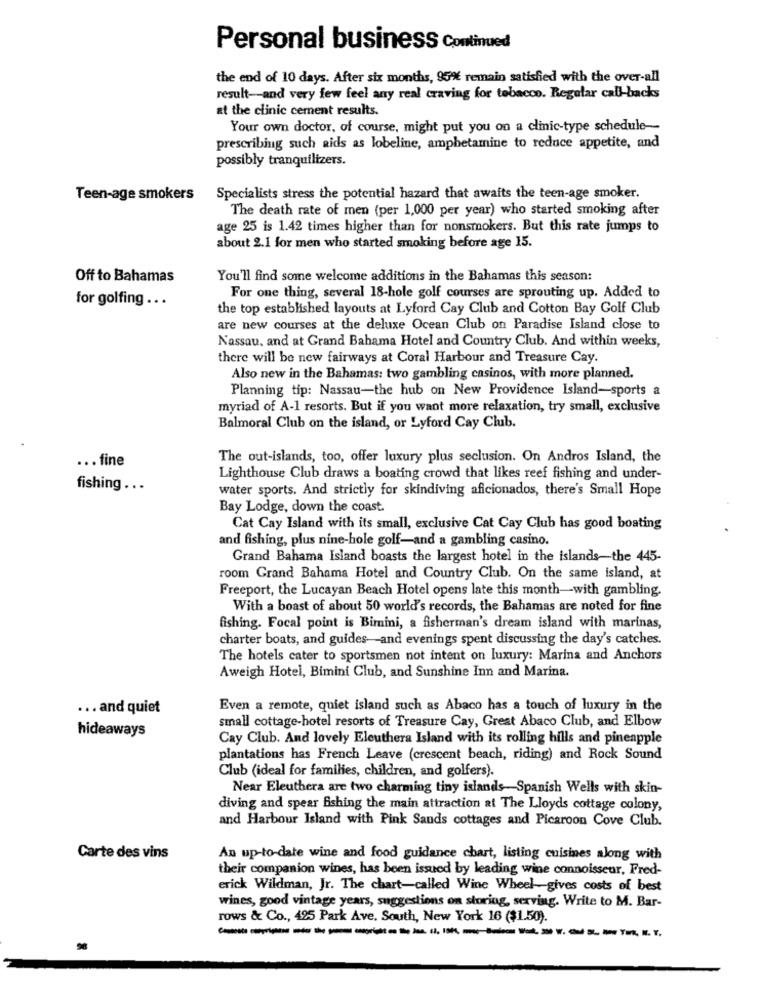
Personal business Continued
the end of 10 days. After six months, 95% remain satisfied with the over-all
result -- and very few feel any real craving for tobacco. Regular call-backs
at the clinic cement results.
Your own doctor, of course, might put you on a clinic-type schedule-
prescribing such aids as lobeline, amphetamine to reduce appetite, and
possibly tranquilizers.
Teen-age smokers
Specialists stress the potential hazard that awafts the teen-age smoker.
The death rate of men (per 1,000 per year) who started smoking after
age 25 is 1.42 times higher than for nonsmokers. But this rate jumps to
about 2.1 for men who started smoking before age 15.
Off to Bahamas
You'll find some welcome additions in the Bahamas this season:
for golfing ...
For one thing, several 18-hole golf courses are sprouting up. Added to
the top established layouts at Lyford Cay Club and Cotton Bay Golf Club
are new courses at the deluxe Ocean Club on Paradise Island close to
Nassau, and at Grand Bahama Hotel and Country Club. And within weeks,
there will be new fairways at Coral Harbour and Treasure Cay.
Also new in the Bahamas: two gambling casinos, with more planned.
Planning tip: Nassau-the hub on New Providence Island-sports a
myriad of A-1 resorts. But if you want more relaxation, try small, exclusive
Balmoral Club on the island, or Lyford Cay Club.
... fine
The out-islands, too, offer luxury plus seclusion. On Andros Island, the
Lighthouse Club draws a boating crowd that likes reef fishing and under-
fishing .. .
water sports. And strictly for skindiving aficionados, there's Small Hope
Bay Lodge, down the coast.
Cat Cay Island with its small, exclusive Cat Cay Club has good boating
and fishing, plus nine-hole golf-and a gambling casino.
Grand Bahama Island boasts the largest hotel in the islands-the 445-
room Grand Bahama Hotel and Country Club. On the same island, at
Freeport, the Lucayan Beach Hotel opens late this month-with gambling.
With a boast of about 50 world's records, the Bahamas are noted for fine
fishing. Focal point is Bimini, a fisherman's dream island with marinas,
charter boats, and guides-and evenings spent discussing the day's catches.
The hotels cater to sportsmen not intent on luxury: Marina and Anchors
Aweigh Hotel, Bimini Club, and Sunshine Inn and Marina.
... and quiet
Even a remote, quiet island such as Abaco has a touch of luxury in the
small cottage-hotel resorts of Treasure Cay, Great Abaco Club, and Elbow
hideaways
Cay Club. And lovely Eleuthera Island with its rolling hills and pineapple
plantations has French Leave (crescent beach, riding) and Rock Sound
Club (ideal for families, children, and golfers).
Near Eleuthera are two charming tiny islands-Spanish Wells with skin-
diving and spear fishing the main attraction at The Lloyds cottage colony,
and Harbour Island with Pink Sands cottages and Picaroon Cove Club.
Carte des vins
An up-to-date wine and food guidance chart, listing cuisines along with
their companion wines, has been issued by leading wine connoisseur, Fred-
erick Wildman, Jr. The chart-called Wine Wheel gives costs of best
wines, good vintage years, suggestions on storing, serving. Write to M. Bar-
rows & Co ., 425 Park Ave, South, New York 16 ($1.50).